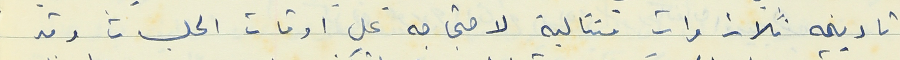
تاريخه ثلاث مرات متتالية لاحتجاجه على اوقات الجلسات وقد